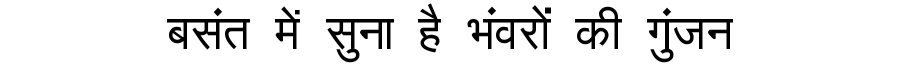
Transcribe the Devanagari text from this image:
बसंत में सुना है भंवरों की गुंजन